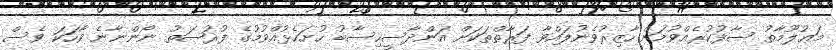
މަޢުލޫމާތު ސާފުކުރެއްވުމަށް ހާޒިރުވެނުލައްވާ ފަރާތްތަކަށް އަންދާސީހިސާބު ހުށަހެޅުއްވުމުގެ ފުރުޞަތު ނޯންނާނެ ވާހަކަ ވެސް